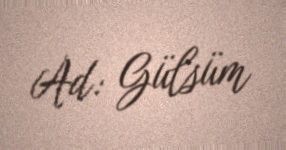
Ad: Gülsüm